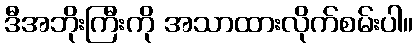
ဒီအဘိုးကြီးကို အသာထားလိုက်စမ်းပါ။